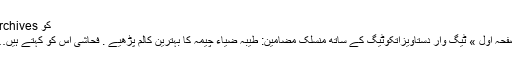
کو Archives
صفحہ اول » ٹیگ وار دستاویزاتکوٹیگ کے ساتھ منسلک مضامین: طیبہ ضیاء چیمہ کا بہترین کالم پڑھیے . فحاشی اس کو کہتے ہیں…!